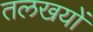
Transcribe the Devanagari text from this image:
तलखयों